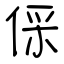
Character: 倸